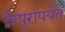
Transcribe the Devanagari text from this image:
त्रिपुरापर्यंत